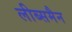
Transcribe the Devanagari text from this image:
लीब्समैन